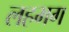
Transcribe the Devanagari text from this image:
लहभग